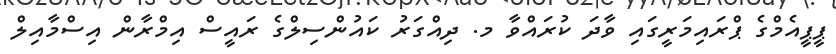
ޕީޕީއެމްގެ ޕްރައިމަރީގައި ވާދަ ކުރައްވާ މ. ދިއްގަރު ކައުންސިލްގެ ރައީސް އިމްރާން އިސްމާއިލް